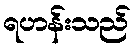
ရဟန်းသည်